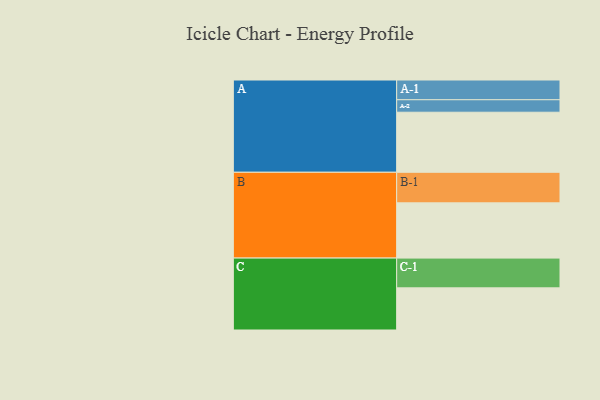
{"axis": {"x": "Segment", "y": "Value"}, "legend": ["", "A", "B", "C"], "data": [{"x": "A", "y": 587, "type": ""}, {"x": "B", "y": 540, "type": ""}, {"x": "C", "y": 412, "type": ""}, {"x": "A-1", "y": 193, "type": "A"}, {"x": "A-2", "y": 122, "type": "A"}, {"x": "B-1", "y": 299, "type": "B"}, {"x": "C-1", "y": 291, "type": "C"}]}